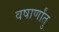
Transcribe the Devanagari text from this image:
वषार्णांतु